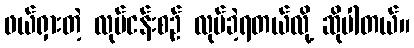
ဖယ်ရှားတဲ့ လုပ်ငန်းစဉ် လုပ်ခဲ့ရတယ်လို့ ဆိုပါတယ်။